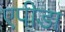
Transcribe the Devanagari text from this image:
एपीडा